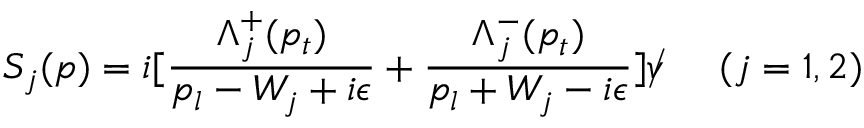
S _ { j } ( p ) = i [ { \frac { \Lambda _ { j } ^ { + } ( p _ { t } ) } { p _ { l } - W _ { j } + i \epsilon } } + { \frac { \Lambda _ { j } ^ { - } ( p _ { t } ) } { p _ { l } + W _ { j } - i \epsilon } } ] \rlap / v \; \; \; \; \; ( j = 1 , 2 )